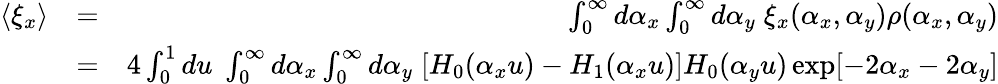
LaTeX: \begin{array}{rlr}{\langle\xi_{x}\rangle}&{=}&{\int_{0}^{\infty}d\alpha_{x}\int_{0}^{\infty}d\alpha_{y}\; \xi_{x}(\alpha_{x},\alpha_{y})\rho(\alpha_{x},\alpha_{y})}\\ &{=}&{4\int_{0}^{1}du\; \int_{0}^{\infty}d\alpha_{x}\int_{0}^{\infty}d\alpha_{y}\; [H_{0}(\alpha_{x}u)-H_{1}(\alpha_{x}u)]H_{0}(\alpha_{y}u)\exp[-2\alpha_{x}-2\alpha_{y}]}\end{array}